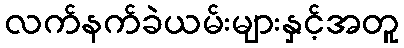
လက်နက်ခဲယမ်းများနှင့်အတူ